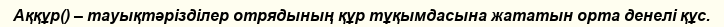
Аққұр() – тауықтәрізділер отрядының құр тұқымдасына жататын орта денелі құс.